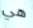
هي